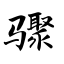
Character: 骤